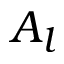
A _ { l }